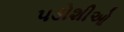
પડોશીઓ